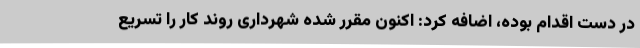
در دست اقدام بوده، اضافه کرد: اکنون مقرر شده شهرداری روند کار را تسریع